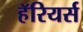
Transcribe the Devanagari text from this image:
हॅरियर्स